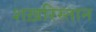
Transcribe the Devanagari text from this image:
शख़रिस्तान